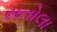
સતોલા